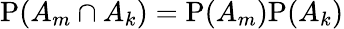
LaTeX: \mathrm{P}(A_{m}\cap A_{k})=\mathrm{P}(A_{m})\mathrm{P}(A_{k})